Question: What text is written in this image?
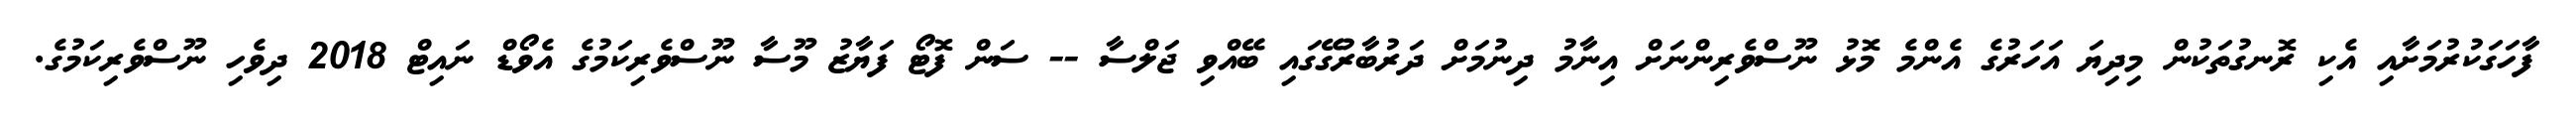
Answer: ފާހަގަކުރުމަށާއި އެކި ރޮނގުތަކުން މިދިޔަ އަހަރުގެ އެންމެ މޮޅު ނޫސްވެރިންނަށް އިނާމު ދިނުމަށް ދަރުބާރުގޭގައި ބޭއްވި ޖަލްސާ -- ސަން ފޮޓޯ ފަޔާޒު މޫސާ ނޫސްވެރިކަމުގެ އެވޯޑް ނައިޓް 2018 ދިވެހި ނޫސްވެރިކަމުގެ.